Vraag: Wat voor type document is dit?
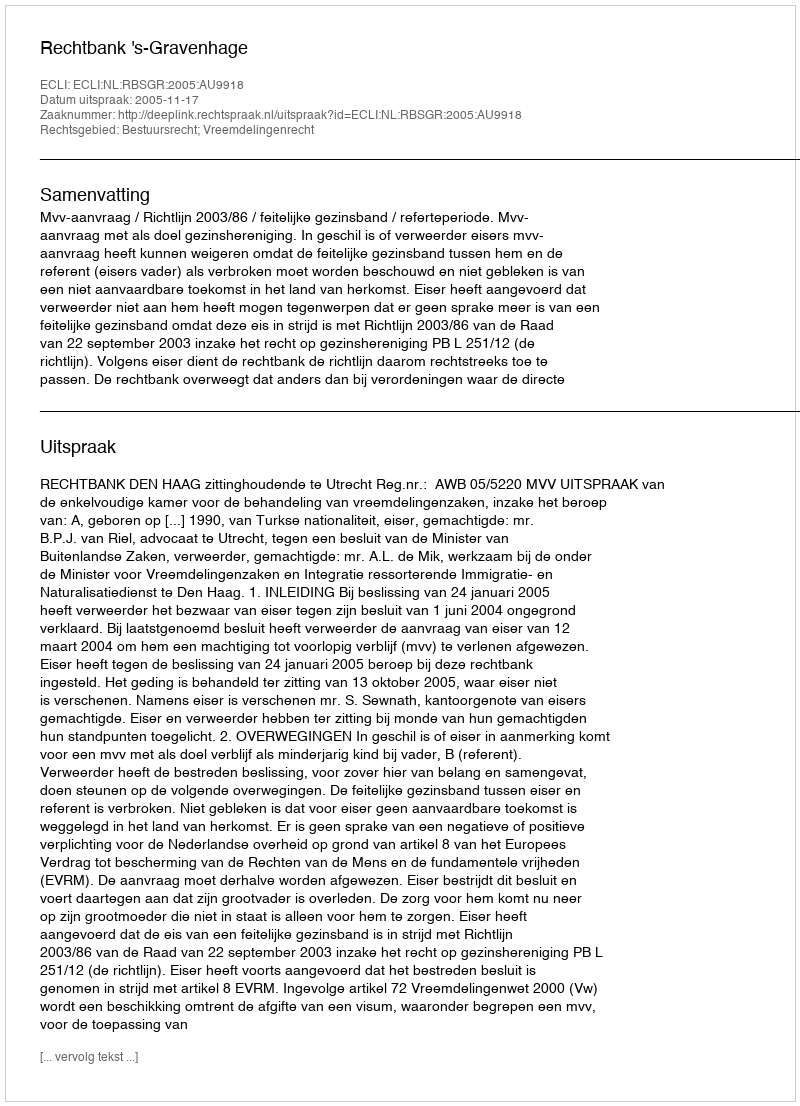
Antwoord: Uitspraak